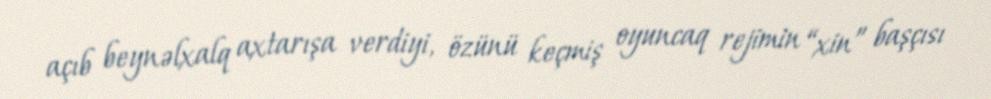
açıb beynəlxalq axtarışa verdiyi, özünü keçmiş oyuncaq rejimin “xin” başçısı